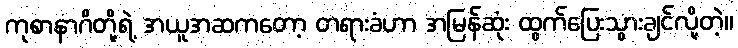
ကုစာနာဂိတို့ရဲ့ အယူအဆကတော့ တရားခံဟာ အမြန်ဆုံး ထွက်ပြေးသွားချင်လို့တဲ့။